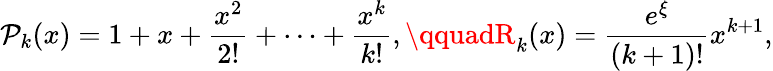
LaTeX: \mathcal{P}_{k}(x)=1+x+{\frac{{x^{2}}}{{2!}}}+\cdots+{\frac{{x^{k}}}{{k!}}},\qquadR_{k}(x)={\frac{{e^{\xi}}}{{(k+1)!}}}x^{k+1},